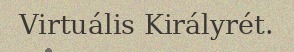
Virtuális Királyrét.